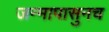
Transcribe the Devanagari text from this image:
जन्मापासुनच